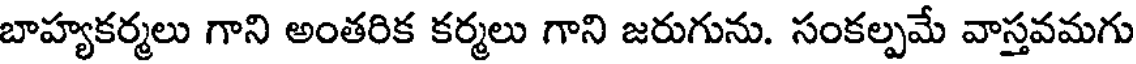
బాహ్యకర్మలు గాని అంతరిక కర్మలు గాని జరుగును. సంకల్పమే వాస్తవమగు